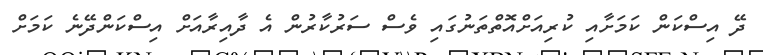
ދޭ އިސްކަން ކަމަށާއި ކުރިއަށްއޮތްތަނުގައި ވެސް ސަރުކާރުން އެ ދާއިރާއަށް އިސްކަންދޭނެ ކަަމަށް